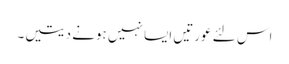
اس لئے عورتیں ایسا نہیں ہونے دیتیں۔